Annual report on the Civil Veterinary Department, Burma (including the Insein Veterinary School) - 1923-1931
Year: 1923
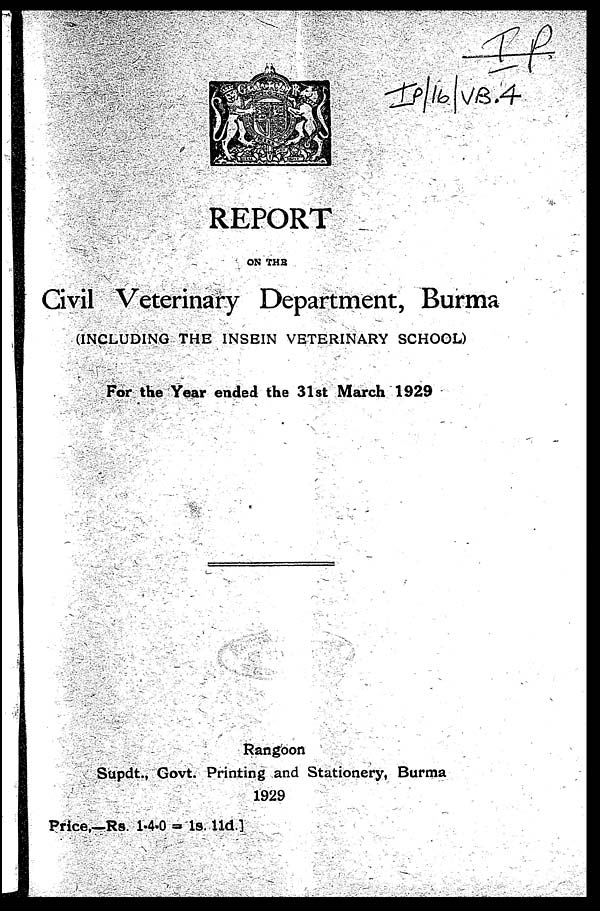
REPORT
ON THE
Civil Veterinary Department, Burma
(INCLUDING THE INSEIN VETERINARY SCHOOL)
For the Year ended the 31st March 1929
Rangoon
Supdt ., Govt. Printing and Stationery, Burma
1929
Price.—Rs. 1-4-0 = 1 s. 11 d.]